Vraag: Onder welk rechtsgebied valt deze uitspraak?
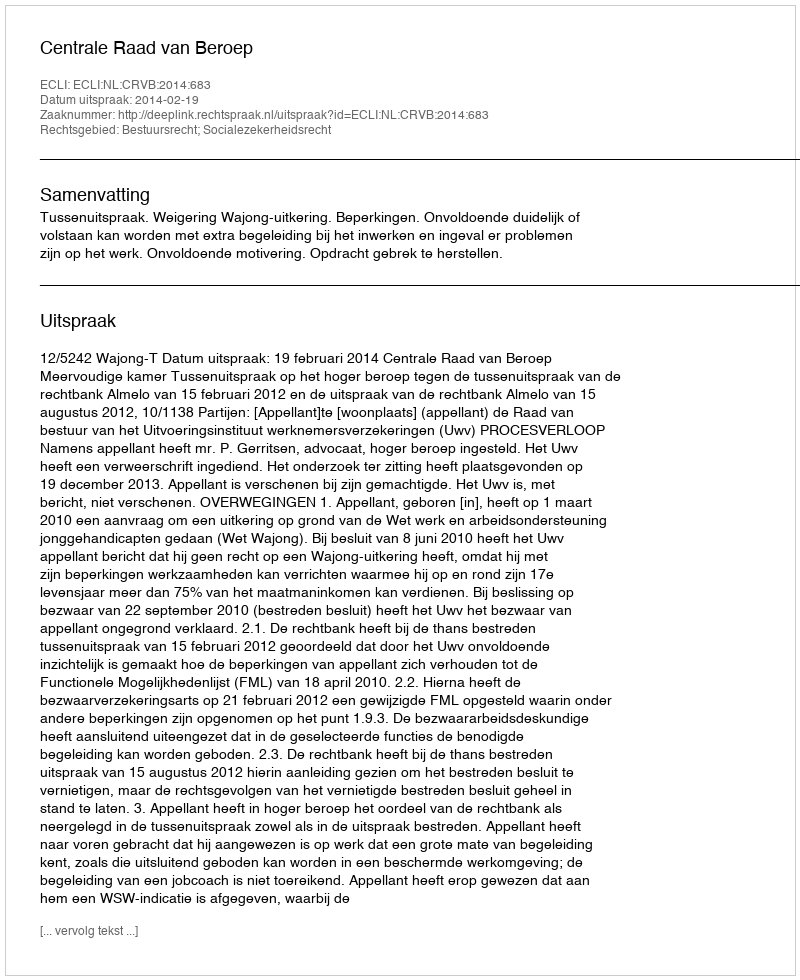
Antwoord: Bestuursrecht; Socialezekerheidsrecht